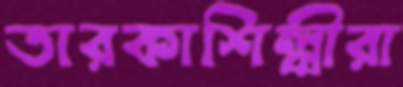
তারকাশিল্পীরা